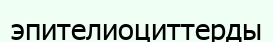
эпителиоциттерды